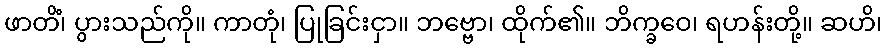
ဖာတိံ၊ ပွားသည်ကို။ ကာတုံ၊ ပြုခြင်းငှာ။ ဘဗ္ဗော၊ ထိုက်၏။ ဘိက္ခဝေ၊ ရဟန်းတို့။ ဆဟိ၊